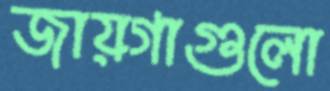
জায়গাগুলো